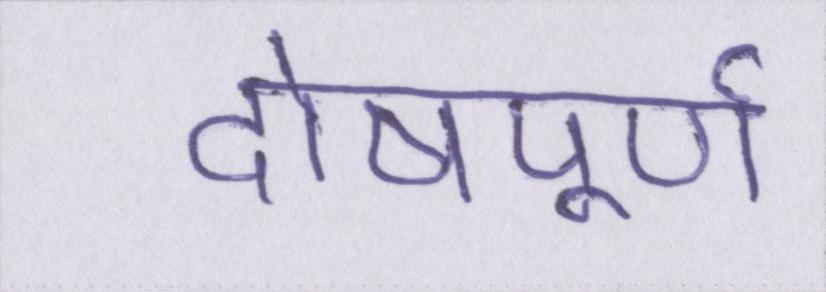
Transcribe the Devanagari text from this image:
दोषपूर्ण